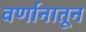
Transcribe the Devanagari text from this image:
वर्णानातून